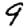
Digit: 9